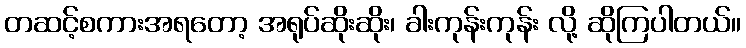
တဆင့်စကားအရတော့ အရုပ်ဆိုးဆိုး၊ ခါးကုန်းကုန်း လို့ ဆိုကြပါတယ်။